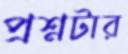
প্রশ্নটার